Punjab Mental Hospital Lahore 1922-31 - 1922-1931
Year: 1922
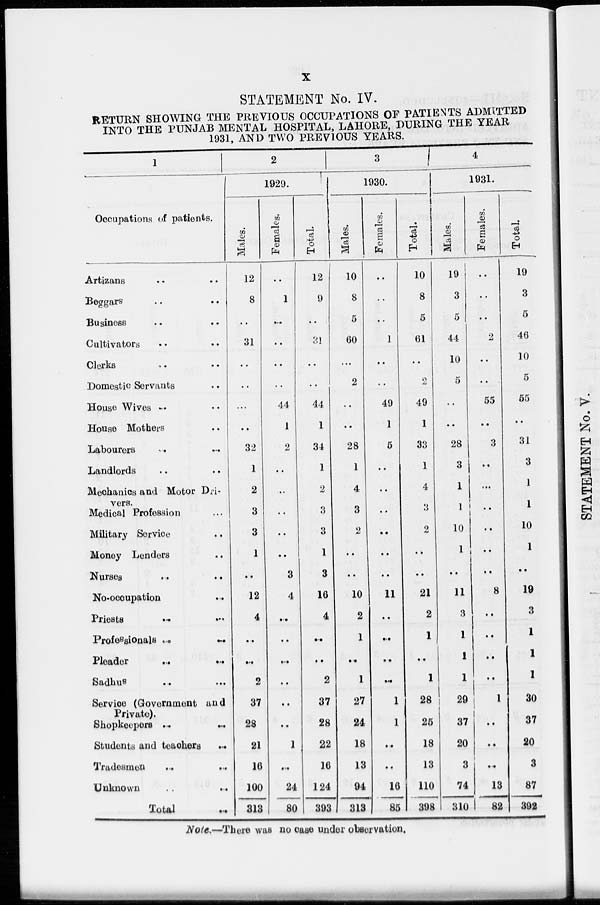
x
STATEMENT No. IV.
RETURN SHOWING THE PREVIOUS OCCUPATIONS OF PATIENTS ADMITTED
INTO THE PUNJAB MENTAL HOSPITAL, LAHORE, DURING THE YEAR
1931, AND TWO PREVIOUS YEARS.
1
Occupations of patients.
Artizans .. ..
Beggars .. ..
Business .. ..
Cultivators .. ..
Clerks .. ..
Domestic Servants ..
House Wives .. ..
House Mothers ..
Labourers .. ..
Landlords .. ..
Mechanics and Motor Dri-
vers.
Medical Profession ..
Military Service ..
Money Lenders ..
Nurses .. ..
No-occupation ..
Priests
..
..
Professionals .. ..
Pleader
..
..
Sadhus .. ..
Service (Government and
Private).
Shopkeepers
..
..
Students and teachers ..
Tradesmen .. ..
Unknown .. ..
Total ..
2
1929.
Males.
12
8
..
31
..
..
...
..
32
1
2
3
3
1
..
12
4
..
..
2
37
28
21
16
100
313
Females.
..
1
..
..
..
..
44
1
2
..
..
..
..
..
3
4
..
..
..
..
..
..
1
..
24
80
Total.
12
9
..
31
..
..
44
1
34
1
2
3
3
1
3
16
4
..
..
2
37
28
22
16
124
393
3
1930.
Males.
10
8
5
60
...
2
..
..
28
1
4
3
2
..
..
10
2
1
..
1
27
24
18
13
94
313
Females.
..
..
..
1
..
..
49
1
5
..
..
..
..
..
..
11
..
..
..
..
1
1
..
..
16
85
Total.
10
8
5
61
..
2
49
1
33
1
4
3
2
..
..
21
2
1
..
1
28
25
18
13
110
398
4
1931.
Males.
19
3
5
44
10
5
..
..
28
3
1
1
10
1
..
11
3
1
1
1
29
37
20
3
74
310
Females.
..
..
..
2
..
..
55
..
3
..
...
..
..
..
..
8
..
..
..
..
1
..
..
...
13
82
Total.
19
3
5
46
10
5
55
..
31
3
1
1
10
1
..
19
3
1
1
1
30
37
20
3
87
392
Note.—There was no case under observation.